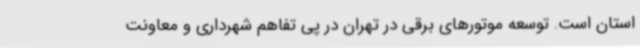
استان است. توسعه موتورهای برقی در تهران در پی تفاهم شهرداری و معاونت